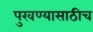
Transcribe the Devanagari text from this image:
पुरवण्यासाठीच